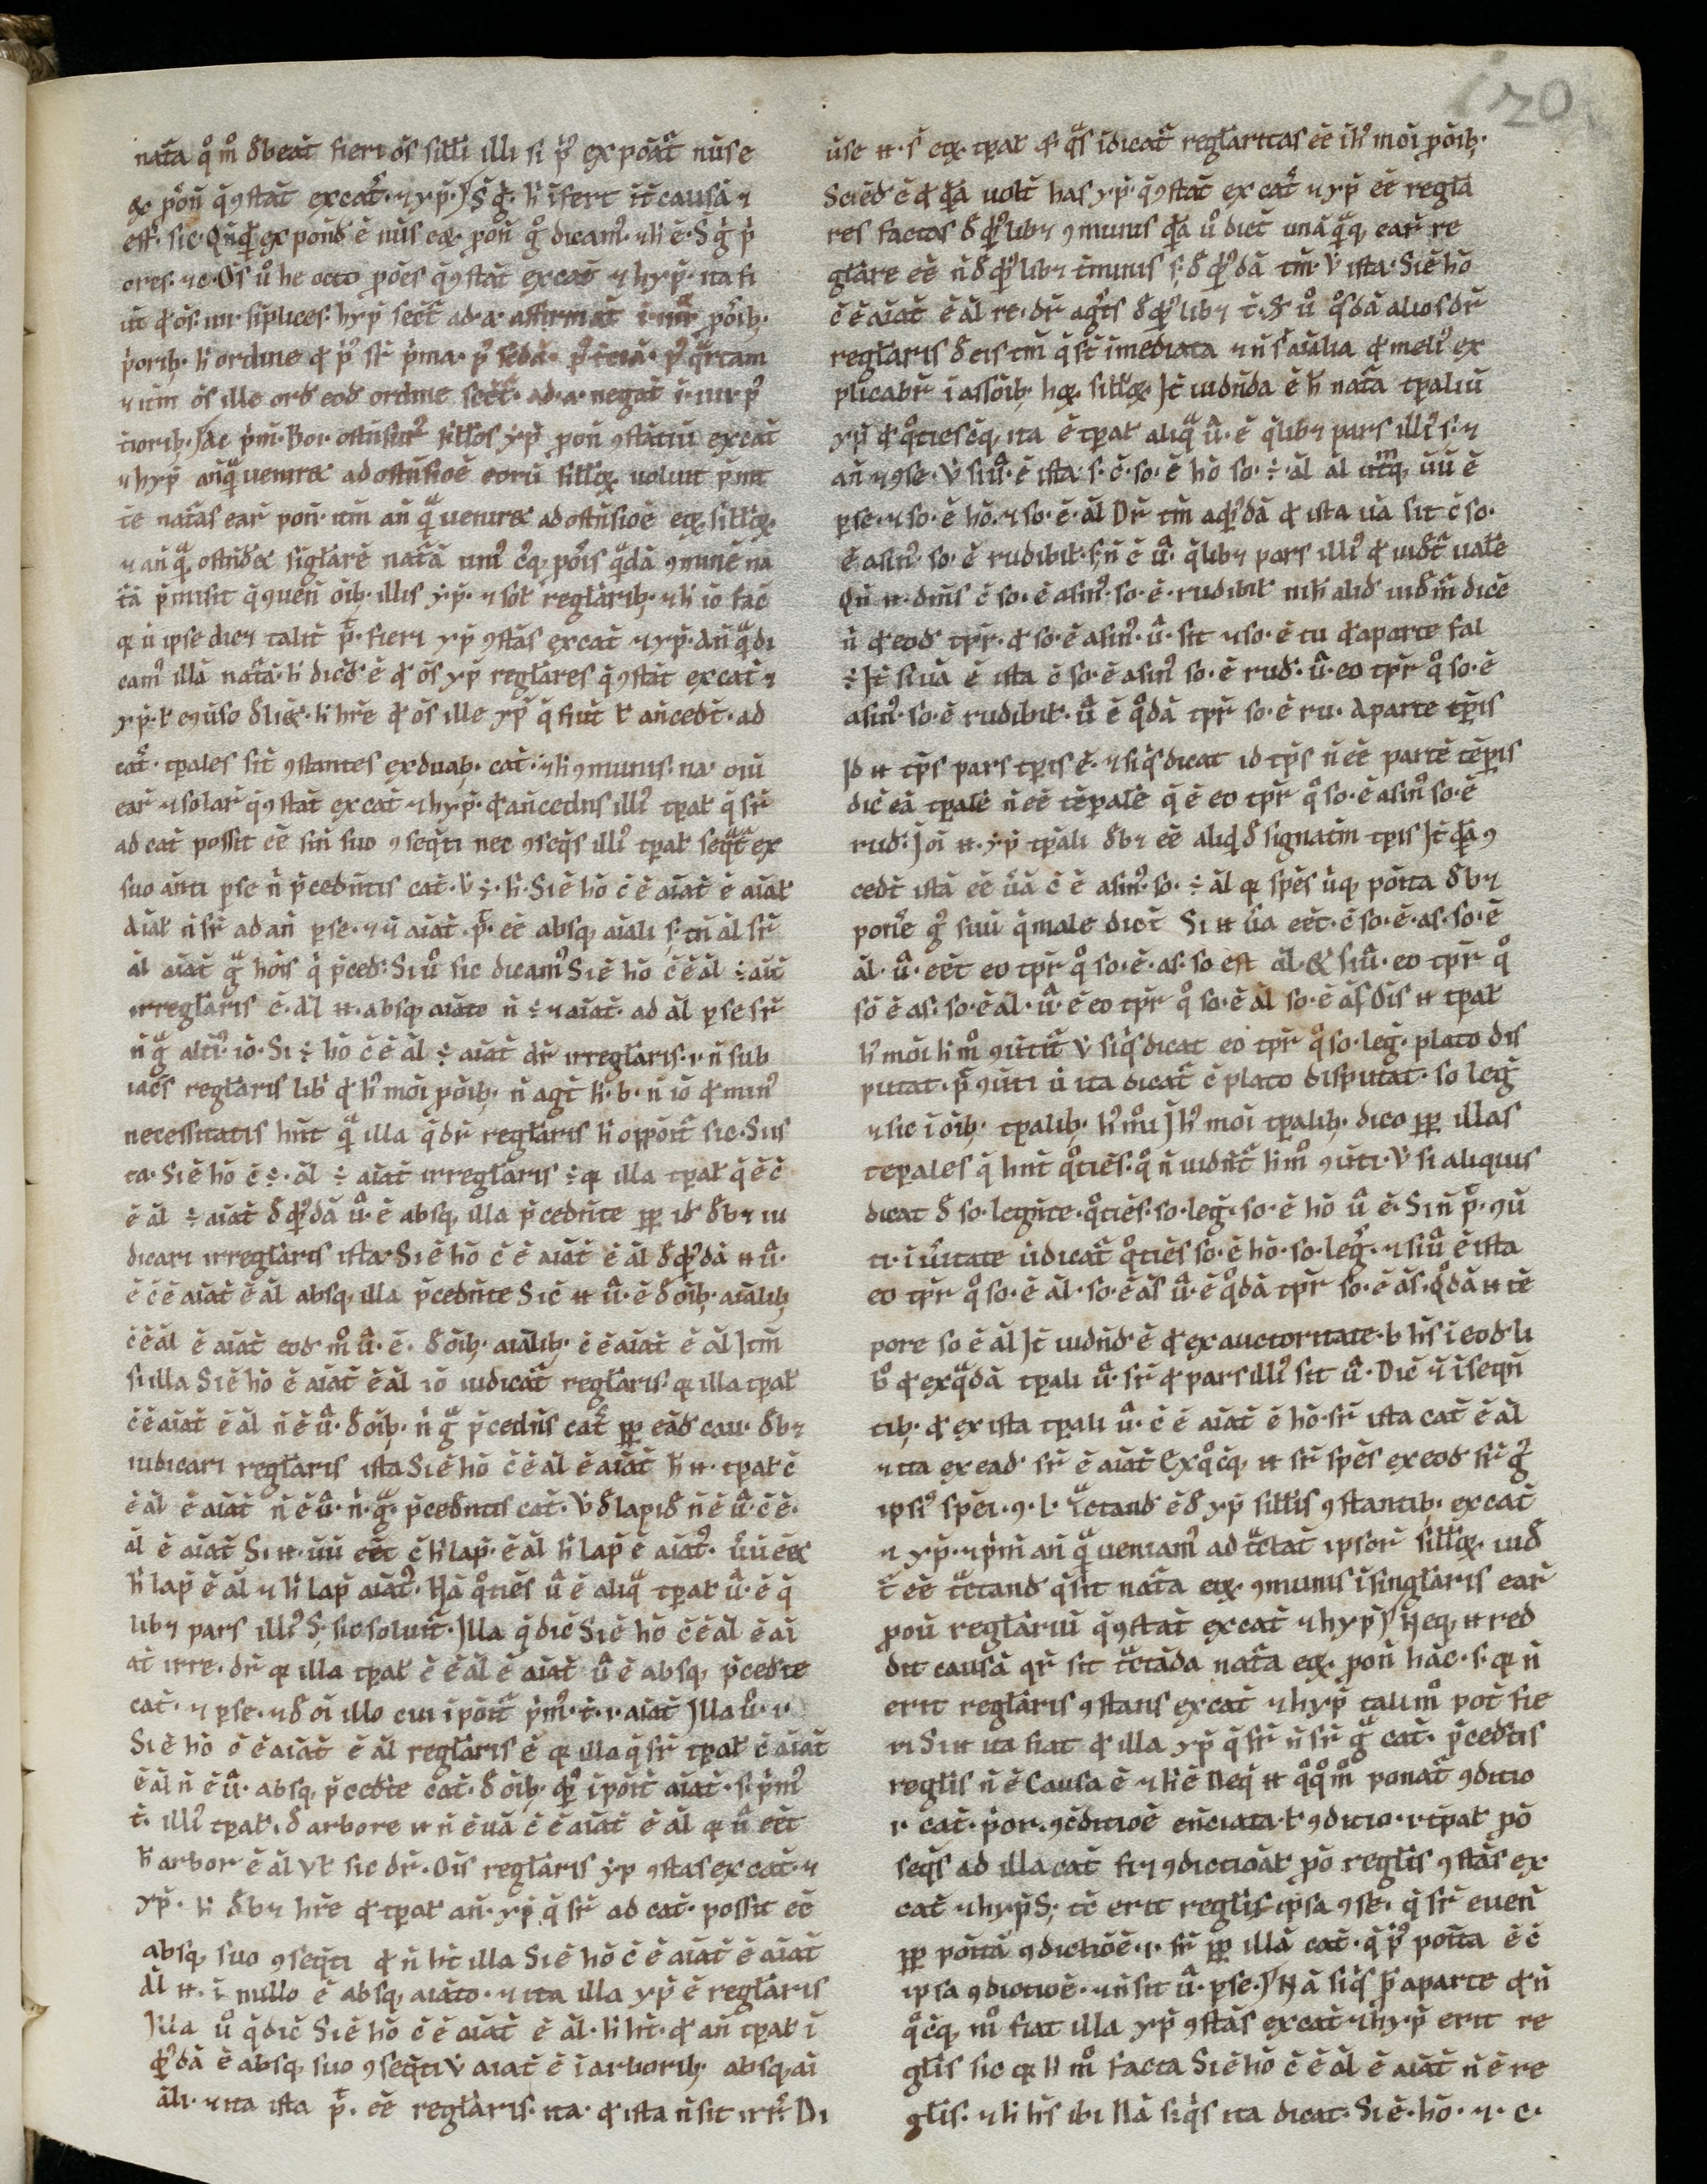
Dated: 900–999